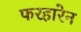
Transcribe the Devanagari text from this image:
फरहारेन